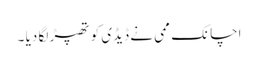
اچانک ممی نے ڈیڈی کو تھپڑ لگا دیا ۔